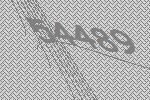
54489